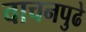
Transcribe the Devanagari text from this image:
वाचनपुढे